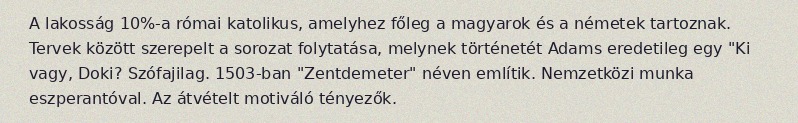
A lakosság 10%-a római katolikus, amelyhez főleg a magyarok és a németek tartoznak. Tervek között szerepelt a sorozat folytatása, melynek történetét Adams eredetileg egy "Ki vagy, Doki? Szófajilag. 1503-ban "Zentdemeter" néven említik. Nemzetközi munka eszperantóval. Az átvételt motiváló tényezők.